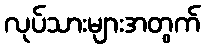
လုပ်သားများအတွက်